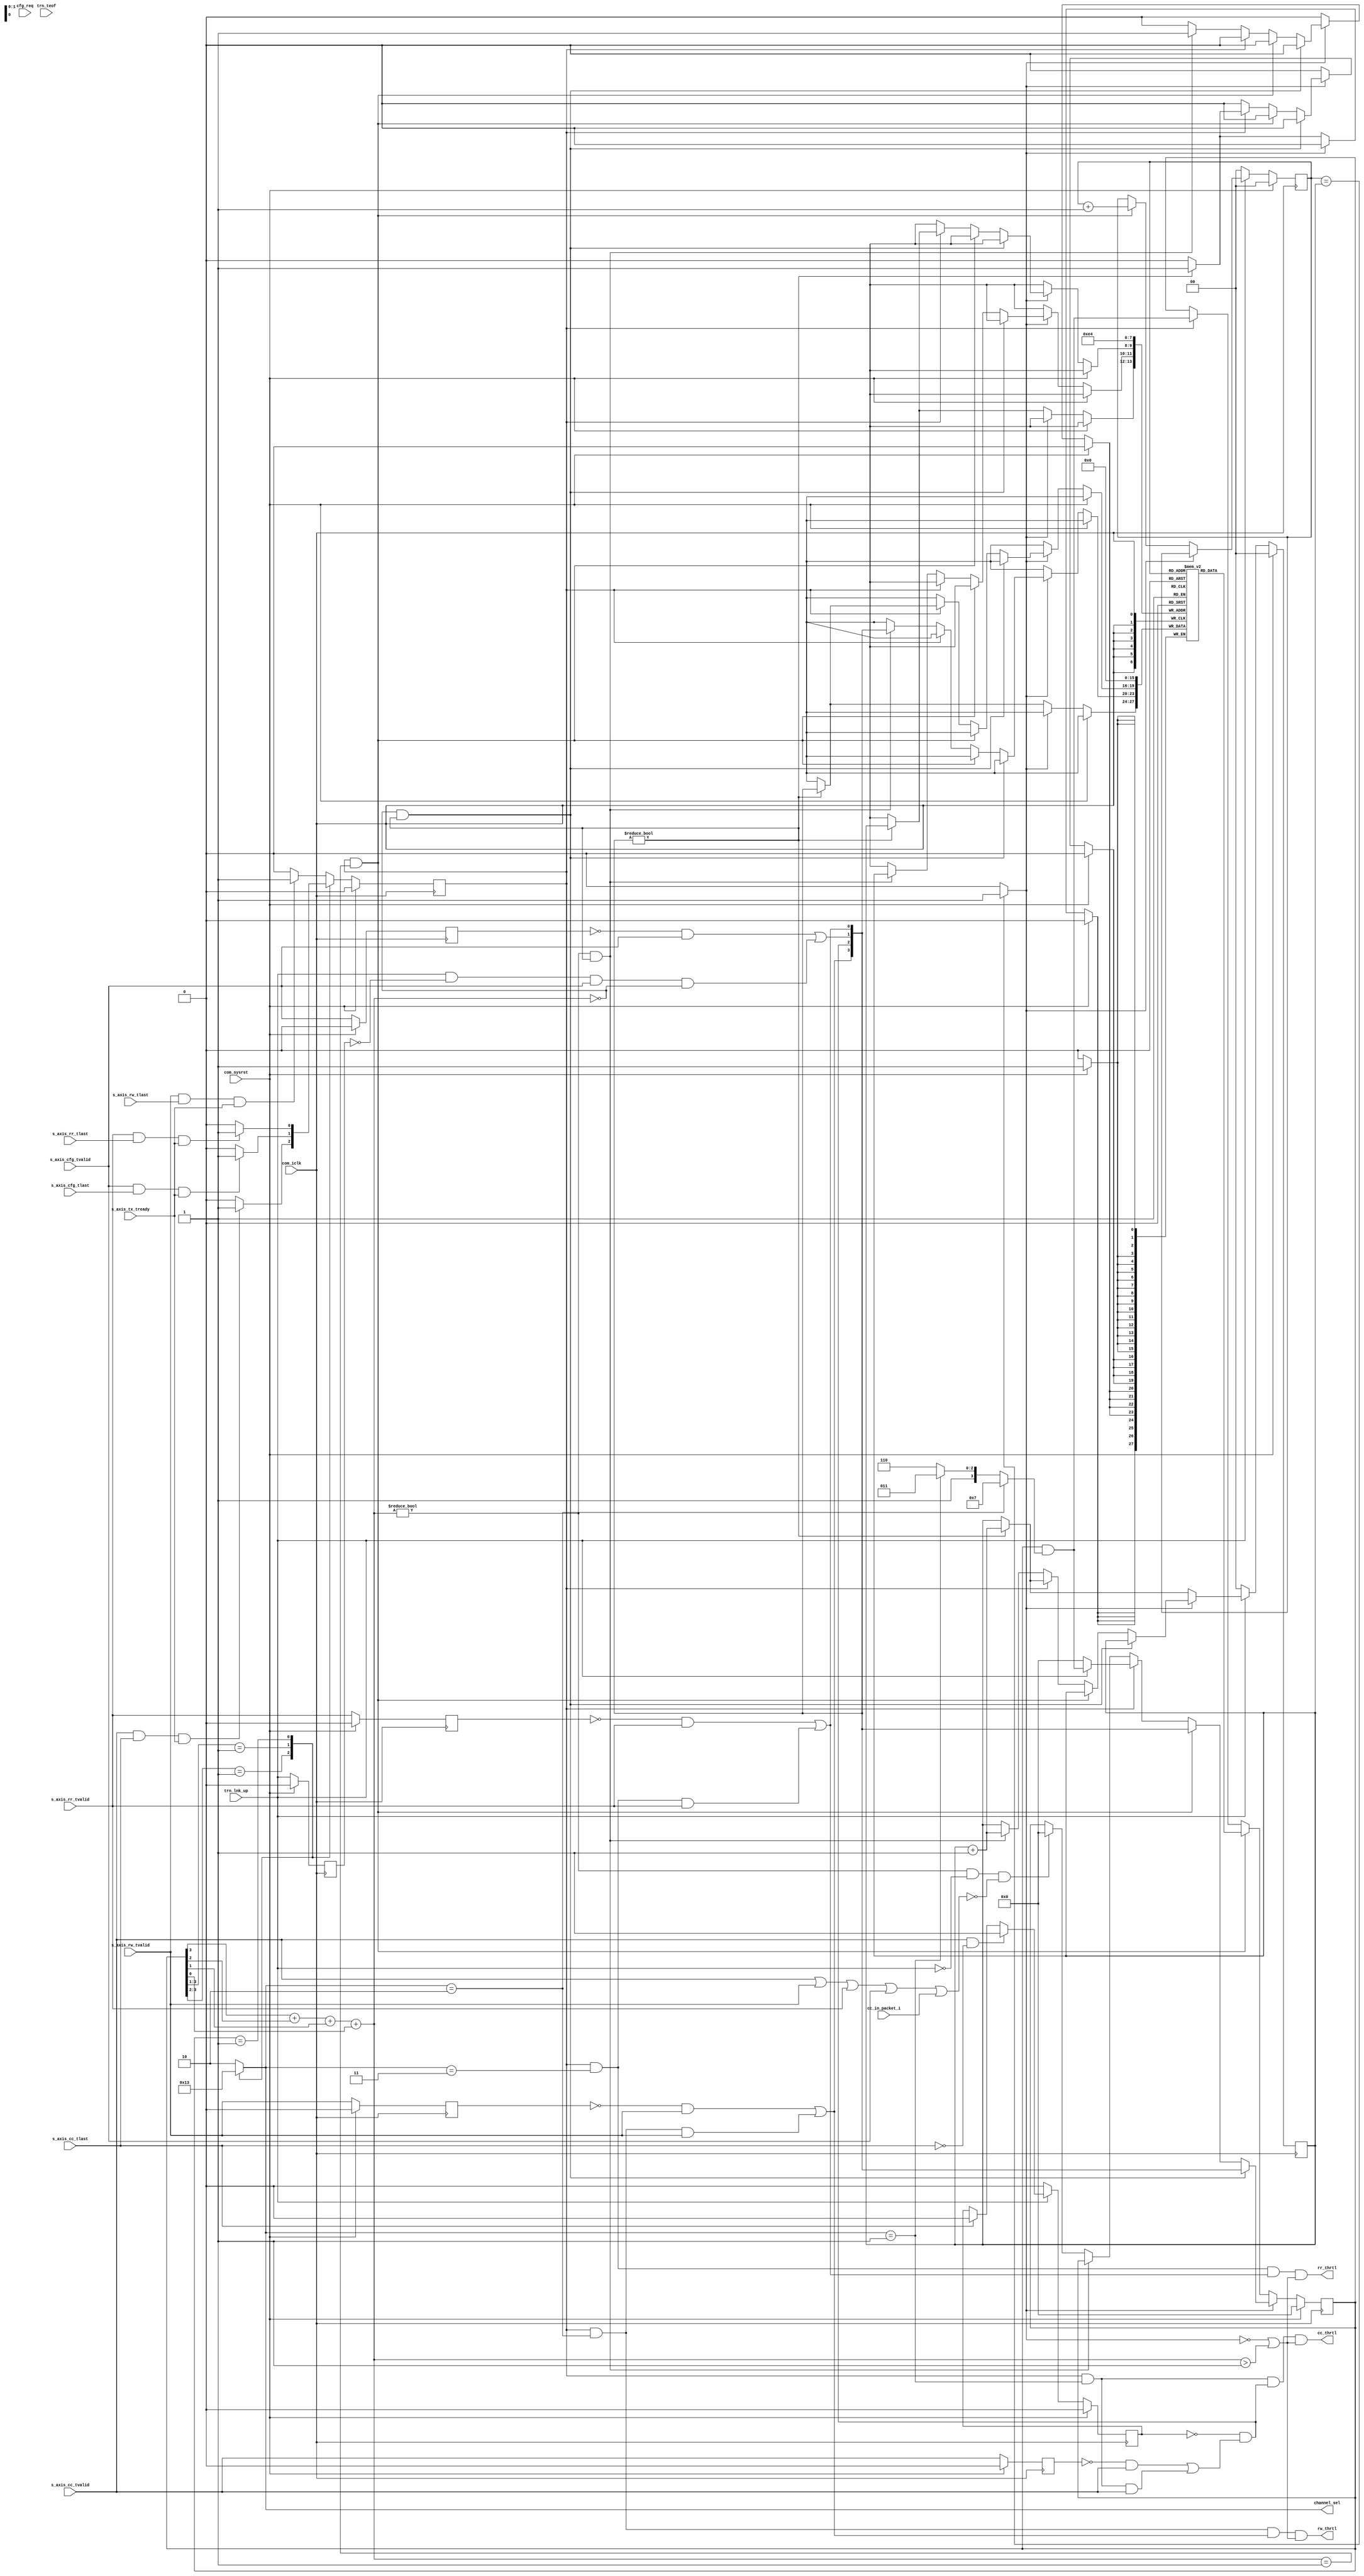
//----------------------------------------------------------------------------//
//                                                                            //
//  Description:                                                              //
//  Arbiter will decide the channel select out of the requested ports         //
//                                                                            //
//  Notes:                                                                    //
//  Optional notes section.                                                   //
//                                                                            //
//  Hierarchical:                                                             //
//    axi_enhanced_top                                                        //
//      axi_enhanced_tx                                                       //
//        axi_enhanced_arbiter                                                //
//                                                                            //
//----------------------------------------------------------------------------//

`timescale 1ps/1ps

module axi_pcie_v1_08_a_axi_enhanced_tx_arbiter #(
  parameter C_ROOT_PORT = "FALSE",                   // PCIe block is in root port mode
  parameter TCQ = 1                                  // Clock to Q delay
  ) (
  // User Inputs
  input                      s_axis_rr_tvalid,       // RR Interface- TX data is valid
  input                      s_axis_rw_tvalid,       // RW Interface- TX data is valid
  input                      s_axis_cc_tvalid,       // CC Interface- TX data is valid
  input                      s_axis_cfg_tvalid,      // CC Interface- TX data is valid
  input                      cfg_req,                // Config Request from the Config Block
  input                      s_axis_rw_tlast,        // Tlast of RW port
  input                      s_axis_rr_tlast,        // Tlast of Rr port
  input                      s_axis_cc_tlast,        // Tlast of CC port
  input                      s_axis_cfg_tlast,       // Tlast of CFG port

  // TREADY coming from TX pipeline module
  input                      s_axis_tx_tready,       // TREADY from Pipeline module
  // TRN Link Up notification
  input                      trn_lnk_up,             // TRN LinkUp 
  input                      trn_teof,               // TRN EOF
  input                      cc_in_packet_i,         // CC in-packet

  // Clock & Reset
  input                      com_iclk,               // user clock from block
  input                      com_sysrst,             // user reset from block

  // Arbiter Ouput for Channel Selection
  output reg [1:0]           channel_sel,            // Channel Selected
  output                     rr_thrtl,               // Flag to indicate that RR interface must be throttled
  output                     rw_thrtl,               // Flag to indicate that RW interface must be throttled
  output                     cc_thrtl                // Flag to indicate that CC interface must be throttled
  );

  // local parameters used to indicate the arbiter states and packet status
  localparam CFG  = 2'b00;
  localparam CC   = 2'b01;
  localparam RW   = 2'b10;
  localparam RR   = 2'b11;

  reg                    s_axis_rr_tvalid_q;
  reg                    s_axis_rw_tvalid_q;
  reg                    s_axis_cc_tvalid_q;
  reg                    s_axis_cfg_tvalid_q;
  reg                    cfg_req_q;
  reg              [3:0] psr;                        // packet status register used to load the packet
                                                     // requets from the fifo read data or from the packet requests
  reg                    request_completed;          // Indicate that request is completed by TX block
  reg                    schedule_rw_thrtl;          // Throttle RW interface
  wire [2:0]             psr_value;

  // FIFO related signal declaration
  wire                   fifo_empty;
  reg [3:0]              fifo [3:0];                 // FIFO Register. Depth 4 is fine
                                                     // (Max 3 requests can be pushed in worst case scenaio)
                                                     // For example: While giving service to one interface,
                                                     // 3 other interfaces can have valid high on different clock cycle
  reg [1:0]              fifo_rd_ptr;                // Read Pointer of the FIFO
  reg [1:0]              fifo_wr_ptr;                // Write Pointer of the FIFO
  wire                   cfg_vld;                    // FLAG to indicate a valid TLP is presented on CFG interface
  wire                   rr_vld;                     // FLAG to indicate a valid TLP is presented on RR interface
  wire                   rw_vld;                     // FLAG to indicate a valid TLP is presented on RW interface
  wire                   cc_vld;                     // FLAG to indicate a valid TLP is presented on CC interface

  reg                    cc_in_packet;
  wire                   cc_qualifier_n;
  reg                    trn_lnk_up_d;               // Delayed version of Link up signal
  wire                   axis_tvalid;

  assign axis_tvalid = s_axis_cc_tvalid || s_axis_rw_tvalid || s_axis_rr_tvalid || s_axis_cfg_tvalid || cc_in_packet_i;

  always@(posedge com_iclk) begin
    if(com_sysrst) begin
      cc_in_packet <= #TCQ 1'b0;
    end
    else begin
      if(trn_lnk_up) begin
        // Remains high throughout the packet
        if(s_axis_cc_tvalid && !s_axis_cc_tlast) begin
          cc_in_packet <= #TCQ 1'b1;
        end
        else if(s_axis_cc_tlast) begin
          cc_in_packet <= #TCQ 1'b0;
        end
      end
      else begin// link_down
        cc_in_packet <= #TCQ 1'b0;
      end
    end
  end

  assign cc_qualifier_n = cc_in_packet;
  // Summation of number of High value locations in PSR register
  assign psr_value = psr[3] + psr[2] + psr[1] + psr[0];

  // Reqest will be considered as completed if:
  // TLAST, TVALID and TREADY are all high of the selected interface at any point
  always@(posedge com_iclk) begin
    if(com_sysrst) begin
      request_completed               <= #TCQ 1'b0;
    end
    else begin
      casex(psr)
      4'b1xxx : begin
                  if(s_axis_rw_tvalid && s_axis_rw_tlast && s_axis_tx_tready) begin
                    request_completed <= #TCQ 1'b1;
                  end
                  else begin
                    request_completed <= #TCQ 1'b0;
                  end
                end
      4'b01xx : begin
                  if(s_axis_cc_tvalid && s_axis_cc_tlast && s_axis_tx_tready) begin
                    request_completed <= #TCQ 1'b1;
                  end
                  else begin
                    request_completed <= #TCQ 1'b0;
                  end
                end
      4'b001x : begin
                  if(s_axis_cfg_tvalid && s_axis_cfg_tlast && s_axis_tx_tready) begin
                    request_completed <= #TCQ 1'b1;
                  end
                  else begin
                    request_completed <= #TCQ 1'b0;
                  end
                end
      4'b0001 : begin
                  if(s_axis_rr_tvalid && s_axis_rr_tlast && s_axis_tx_tready) begin
                    request_completed <= #TCQ 1'b1;
                  end
                  else begin
                    request_completed <= #TCQ 1'b0;
                  end
                end
      default : begin
                  if(s_axis_rw_tvalid && s_axis_rw_tlast && s_axis_tx_tready) begin
                    request_completed   <= #TCQ 1'b1;
                  end
                  else begin
                    request_completed   <= #TCQ 1'b0;
                  end
                end
      endcase
    end
  end // always
   
  //Register User Inputs, will be used to detect the rising edge of the tvalid to indicate a packet request
  always @ (posedge com_iclk) begin
    if(com_sysrst) begin
      s_axis_rr_tvalid_q  <= #TCQ 'b0;
      s_axis_rw_tvalid_q  <= #TCQ 'b0;
      s_axis_cc_tvalid_q  <= #TCQ 'b0;
      s_axis_cfg_tvalid_q <= #TCQ 'b0;
      cfg_req_q           <= #TCQ 'b0;
      trn_lnk_up_d        <= #TCQ 'b0;
    end
    else begin
      s_axis_rr_tvalid_q  <= #TCQ s_axis_rr_tvalid;
      s_axis_rw_tvalid_q  <= #TCQ s_axis_rw_tvalid;
      s_axis_cc_tvalid_q  <= #TCQ s_axis_cc_tvalid;
      s_axis_cfg_tvalid_q <= #TCQ s_axis_cfg_tvalid;
      cfg_req_q           <= #TCQ cfg_req;
      trn_lnk_up_d        <= trn_lnk_up;
    end
  end // always

  // Request from cfg port is detected by posedge of s_axis_cfg_tvalid signal
  // CR 652736
  // cfg_vld request pulse gets lost if it scheduled but not serviced till link down event happens
  // We must assert cfg_vld pulse in that case again... as soon as link comes back up.
  assign cfg_vld = (!s_axis_cfg_tvalid_q && s_axis_cfg_tvalid) || (trn_lnk_up && !trn_lnk_up_d 
                                                                         && s_axis_cfg_tvalid && psr_value == 3'b000);

  // Request from rr port is either detected by rising edge of the rr tvalid or rr valid after the completion of the
  // current transfer(back to back packet)
  
  generate
  if(C_ROOT_PORT == "FALSE") begin : rr_vld_for_ep
  
  assign rr_vld  = (!s_axis_rr_tvalid_q && s_axis_rr_tvalid) || (request_completed && 
                                                                             (channel_sel == RR) && s_axis_rr_tvalid);
  
  end // rr_vld_for_ep
  else begin : rr_vld_for_rp
  
  // capture rr_vld only when cfg_req is de-asserted
  // This implementation is to hold the RR interface from giving TVALID if cfg_req is high.
  assign rr_vld  = (!cfg_req && ((!s_axis_rr_tvalid_q && s_axis_rr_tvalid) || (request_completed && 
                                        (channel_sel == RR) && s_axis_rr_tvalid) || (cfg_req_q && s_axis_rr_tvalid)));
  
  end // rr_vld_for_rp
  endgenerate

  // Request from rw port is either detected by rising edge of the rw tvalid or rw valid after the completion of the
  // current transfer(back to back packet)
  assign rw_vld  = (!s_axis_rw_tvalid_q && s_axis_rw_tvalid) || (request_completed && 
                                                                             (channel_sel == RW) && s_axis_rw_tvalid);

  // Request from cc port is either detected by rising edge of the cc tvalid or cc valid after the completion of the
  // current transfer(back to back packet)

  assign cc_vld  = ((!cc_qualifier_n) && ((!s_axis_cc_tvalid_q && s_axis_cc_tvalid) || (request_completed && 
                                                                             (channel_sel == CC) && s_axis_cc_tvalid)));
  
  wire [3:0] pkt_req;
  // simultanious packet requests from all the ports are collected in packet request
  assign pkt_req = {rw_vld,cc_vld,cfg_vld,rr_vld};

  // Arbiter state machine logic, will decide the port to be served after the current transfer
  always @ (psr) begin
    casex(psr)
    4'b1xxx : begin // packet request from RW port
                channel_sel  <= RW;
              end
    4'b01xx : begin // packet request from CC port
                channel_sel  <= CC;
              end
    4'b001x : begin // packet request from CFG port
                channel_sel  <= CFG;
              end
    4'b0001 : begin // packet request from RR port
                channel_sel  <= RR;
              end
              // In case of multi-packet request, channel selected will be based on port select logic of
              // the pcie packet ordering
    default : begin
                channel_sel  <= RW;
              end
    endcase
  end // always

  // FIFO Empty indication
  assign fifo_empty           = (fifo_rd_ptr == fifo_wr_ptr) ? 1'b1 : 1'b0;

  generate
  if(C_ROOT_PORT == "FALSE") begin : end_point
  // Load the PSR register with a new value after servicing the current request
  always @ (posedge com_iclk) begin
    if(com_sysrst) begin
      psr                    <= #TCQ 4'b0000;
      fifo[0]                <= #TCQ 4'b0000;
      fifo[1]                <= #TCQ 4'b0000;
      fifo[2]                <= #TCQ 4'b0000;
      fifo[3]                <= #TCQ 4'b0000;
      fifo_rd_ptr            <= #TCQ 2'b00;
      fifo_wr_ptr            <= #TCQ 2'b00;
      schedule_rw_thrtl      <= #TCQ 1'b0;
    end
    else begin
      if(fifo_empty) begin
        if(psr_value == 3'b000 && pkt_req != 4'b0000) begin
          psr                <= #TCQ pkt_req;
        end
        else if(request_completed && psr_value == 3'b001) begin
          // Load the PSR directly as all pending requests are served
          psr                <= #TCQ pkt_req;
        end
        // Clear PSR bit after servicing perticular request (Applicable in case of simultanious multiple requests)
        else if(request_completed) begin
          // PCIe block starts back throttling the user interface (i.e. TRN TX) much before link down 
          // so this condition may never be reached
          // coverage off
          if(!trn_lnk_up) begin
            psr                <= #TCQ 4'b0000; // Reset the PSR as other pending requests will not longer be present
          end
          // coverage on
          else begin
            psr                <= #TCQ psr & ((channel_sel == RW) ? 4'b0111 :
                                            (channel_sel == CC) ? 4'b1011 : 4'b1110);
          end
          if(pkt_req != 4'b0000) begin
            // Push the request in FIFO
            fifo[fifo_wr_ptr]<= #TCQ pkt_req;
            fifo_wr_ptr      <= #TCQ fifo_wr_ptr + 1'b1;
          end
        end
        else if(psr_value != 3'b000 && pkt_req != 4'b0000) begin
          // Other request is in process so load this current request in FIFO
          fifo[fifo_wr_ptr]  <= #TCQ pkt_req;
          fifo_wr_ptr        <= #TCQ fifo_wr_ptr + 1'b1;
        end
        // Reset the PSR if SOF is not accepted till link down event
        else if(psr_value != 3'b000 && (!trn_lnk_up) && !axis_tvalid) begin
          psr                  <= #TCQ 4'b0000;
        end
      end
      else begin
        if(request_completed && psr_value == 3'b001) begin
          // Retrieve data from FIFO
          psr                <= #TCQ fifo[fifo_rd_ptr];
          fifo_rd_ptr        <= #TCQ fifo_rd_ptr + 1'b1;
        end
        else if(request_completed) begin
          psr                <= #TCQ psr & ((channel_sel == RW) ? 4'b0111 : 
                                            (channel_sel == CC) ? 4'b1011 : 4'b1110);
        end
        // Non-zero pkt_req will be pushed to FIFO directly and will be processed in future
        if(pkt_req != 4'b0000) begin
          // Push the request in FIFO
          fifo[fifo_wr_ptr]  <= #TCQ pkt_req;
          fifo_wr_ptr        <= #TCQ fifo_wr_ptr + 1'b1;
        end
      end
      if(!trn_lnk_up) begin
        fifo_rd_ptr          <= #TCQ 2'b00;
        fifo_wr_ptr          <= #TCQ 2'b00;
      end
    end
  end // always
  end // end_point
  else begin : root_port
  // Load the PSR register with a new value after servicing the current request
  always @ (posedge com_iclk) begin
    if(com_sysrst) begin
      psr                    <= #TCQ 4'b0000;
      fifo[0]                <= #TCQ 4'b0000;
      fifo[1]                <= #TCQ 4'b0000;
      fifo[2]                <= #TCQ 4'b0000;
      fifo[3]                <= #TCQ 4'b0000;
      fifo_rd_ptr            <= #TCQ 2'b00;
      fifo_wr_ptr            <= #TCQ 2'b00;
      schedule_rw_thrtl      <= #TCQ 1'b0;
    end
    else begin
      if(fifo_empty) begin
        if(psr_value == 3'b000 && pkt_req != 4'b0000) begin
          psr                <= #TCQ pkt_req;
        end
        else if(request_completed && psr_value == 3'b001) begin
          // Load the PSR directly as all pending requests are served
          psr                <= #TCQ pkt_req;
        end
        // Clear PSR bit after servicing perticular request (Applicable in case of simultanious multiple requests)
        else if(request_completed) begin
          // PCIe block starts back throttling the user interface (i.e. TRN TX) much before link down 
          // so this condition may never be reached
          // coverage off
          if(!trn_lnk_up) begin
            psr                <= #TCQ 4'b0000; // Reset the PSR as other pending requests will not longer be present
          end
          // coverage on
          else begin
            psr                <= #TCQ psr & ((channel_sel == RW) ? 4'b0111 :
                                             (channel_sel == CC) ? 4'b1011 : (channel_sel == CFG) ? 4'b1101 : 4'b1110);
          end
          if(pkt_req != 4'b0000) begin
            // Push the request in FIFO
            fifo[fifo_wr_ptr]<= #TCQ pkt_req;
            fifo_wr_ptr      <= #TCQ fifo_wr_ptr + 1'b1;
          end
        end
        else if(psr_value != 3'b000 && pkt_req != 4'b0000) begin
          // Other request is in process so load this current request in FIFO
          fifo[fifo_wr_ptr]  <= #TCQ pkt_req;
          fifo_wr_ptr        <= #TCQ fifo_wr_ptr + 1'b1;
        end
        // Reset the PSR if SOF is not accepted till link down event
        else if(psr_value != 3'b000 && (!trn_lnk_up) && !axis_tvalid) begin
          psr                  <= #TCQ 4'b0000;
        end
      end
      else begin
        if(cfg_req && request_completed && (psr_value == 3'b001)) begin
          // if cfg_req is asserted then clear the rr_vld bit and load the psr (applicable ony if multiple requests)
          // to service other requests (RW/CC) present in the FIFO which is going to be retrieved
          if((fifo[fifo_rd_ptr][0] + fifo[fifo_rd_ptr][1] + fifo[fifo_rd_ptr][2] + fifo[fifo_rd_ptr][3] > 3'b001) && 
                                            fifo[fifo_rd_ptr][0] == 1'b1) begin
            // Clear RR request from FIFO and load remaining requests in PSR
            psr                <= #TCQ fifo[fifo_rd_ptr] & 4'b1110;
            fifo_rd_ptr        <= #TCQ fifo_rd_ptr + 1'b1;
          end
          // Only RR request is present.
          else if(fifo[fifo_rd_ptr][0] == 1'b1) begin
            //Need to handle one clock here as PSR will go to 0 and channel_sel will point to RW default intf
            // In case if RW has tvalid high already, we may end up taking one false beat
            psr                <= #TCQ 'b0;
            fifo_rd_ptr        <= #TCQ fifo_rd_ptr + 1'b1;
            schedule_rw_thrtl  <= #TCQ 1'b1;
            // Need to schedule RR request because we have deleted it from FIFO
          end
          // Request(s) other than RR request
          else begin
            // Retrieve data from FIFO
            psr                <= #TCQ fifo[fifo_rd_ptr];
            fifo_rd_ptr        <= #TCQ fifo_rd_ptr + 1'b1;
          end
        end
        else if(!cfg_req && request_completed && (psr_value == 3'b001)) begin
          // Retrieve data from FIFO
          psr                <= #TCQ fifo[fifo_rd_ptr];
          fifo_rd_ptr        <= #TCQ fifo_rd_ptr + 1'b1;
        end
        else if(request_completed) begin
          psr                <= #TCQ psr & ((channel_sel == RW) ? 4'b0111 : 
                                             (channel_sel == CC) ? 4'b1011 : (channel_sel == CFG) ? 4'b1101 : 4'b1110);
        end
        // Non-zero pkt_req will be pushed to FIFO directly and will be processed in future
        if(pkt_req != 4'b0000) begin
          // Push the request in FIFO
          fifo[fifo_wr_ptr]  <= #TCQ pkt_req;
          fifo_wr_ptr        <= #TCQ fifo_wr_ptr + 1'b1;
        end
      end
      // schedule_rw_thrtl will be a pulse only
      if(schedule_rw_thrtl) begin
        schedule_rw_thrtl    <= #TCQ 1'b0;
      end
      if(!trn_lnk_up) begin
        fifo_rd_ptr          <= #TCQ 2'b00;
        fifo_wr_ptr          <= #TCQ 2'b00;
      end
    end
  end // always
  
  end // root_port
  endgenerate

  // Don't give TREADY to RW interface if multiple simultanious requests came in past and TX has to service other
  // interface because RW TLP is fully serviced and B2B packet is observed on RW interface in the current cycle
  generate
  if(C_ROOT_PORT == "TRUE") begin : rw_thrtl_rp
    assign rw_thrtl = ((request_completed && (channel_sel == RW) && pkt_req[3] && (!fifo_empty || psr_value > 1))
                                                                                            || schedule_rw_thrtl);
  end // rw_thrtl_rp
  else begin : rw_thrtl_ep
    assign rw_thrtl = (request_completed && (channel_sel == RW) && pkt_req[3] && (!fifo_empty || psr_value > 1));
  end //rw_thrtl_ep
  
  endgenerate
  // Don't give TREADY to RR interface if multiple simultanious requests came in past and TX has to service other
  // interface because RR TLP is fully serviced and B2B packet is observed on RR interface in the current cycle
  assign rr_thrtl = (request_completed && (channel_sel == RR) && pkt_req[0] && (!fifo_empty || psr_value > 1));
  // Don't give TREADY to CC interface if multiple simultanious requests came in past and TX has to service other
  // interface because CC TLP is fully serviced and B2B packet is observed on CC interface in the current cycle
  assign cc_thrtl = (request_completed && (channel_sel == CC) && pkt_req[2] && (!fifo_empty || psr_value > 1));

endmodule